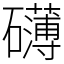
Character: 礴